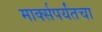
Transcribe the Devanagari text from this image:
मार्क्सपर्यंतचा